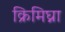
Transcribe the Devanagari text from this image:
क्रिमिघ्ना